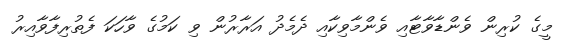
މީގެ ކުރިން ވެންޑާވާޓާއި ވެންމާވިކާއި ދެމެދު އަރާރުން ވި ކަމުގެ ވާހަކަ ފެތުރިފާވާއިރު